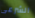
الشرعى